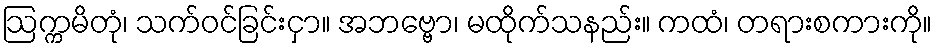
ဩက္ကမိတုံ၊ သက်ဝင်ခြင်းငှာ။ အဘဗ္ဗော၊ မထိုက်သနည်း။ ကထံ၊ တရားစကားကို။